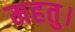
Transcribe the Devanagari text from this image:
महतु।